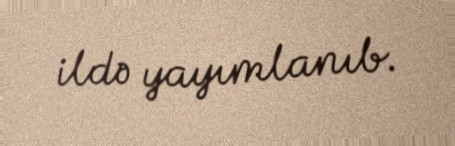
ildə yayımlanıb.